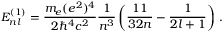
{ \cal E } _ { n l } ^ { ( 1 ) } = \frac { m _ { e } ( e ^ { 2 } ) ^ { 4 } } { 2 \hbar ^ { 4 } c ^ { 2 } } \frac { 1 } { n ^ { 3 } } \left( \frac { 1 1 } { 3 2 n } - \frac { 1 } { 2 l + 1 } \right) \, .